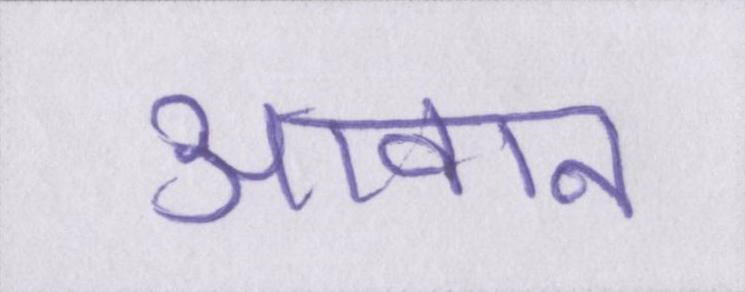
आवान